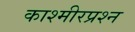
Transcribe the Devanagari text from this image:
काश्‍मीरप्रश्‍न